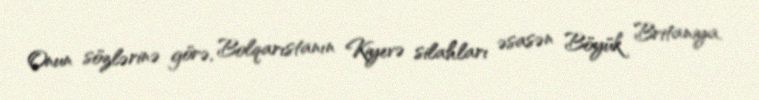
Onun sözlərinə görə, Bolqarıstanın Kiyevə silahları əsasən Böyük Britaniya,